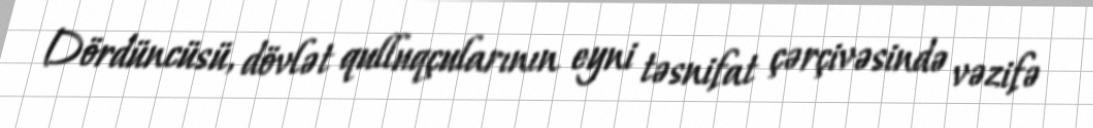
Dördüncüsü, dövlət qulluqçularının eyni təsnifat çərçivəsində vəzifə